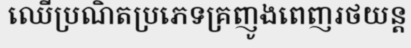
ឈើប្រណិតប្រភេទគ្រញូងពេញរថយន្ត